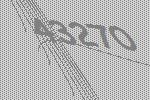
43270